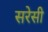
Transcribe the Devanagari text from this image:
सरेसी